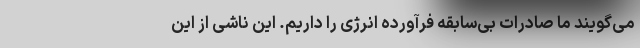
می‌گویند ما صادرات بی‌سابقه فرآورده‌ انرژی را داریم. این ناشی از این